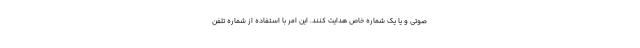
صوتی و یا یک شماره خاص هدایت کنند. این امر با استفاده از شماره تلفن